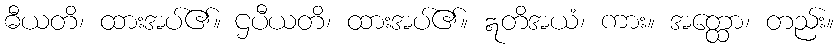
ဓီယတိ၊ ထားအပ်၏။ ဌပီယတိ၊ ထားအပ်၏။ ဣတိအယံ၊ ကား။ အတ္ထော၊ တည်း။